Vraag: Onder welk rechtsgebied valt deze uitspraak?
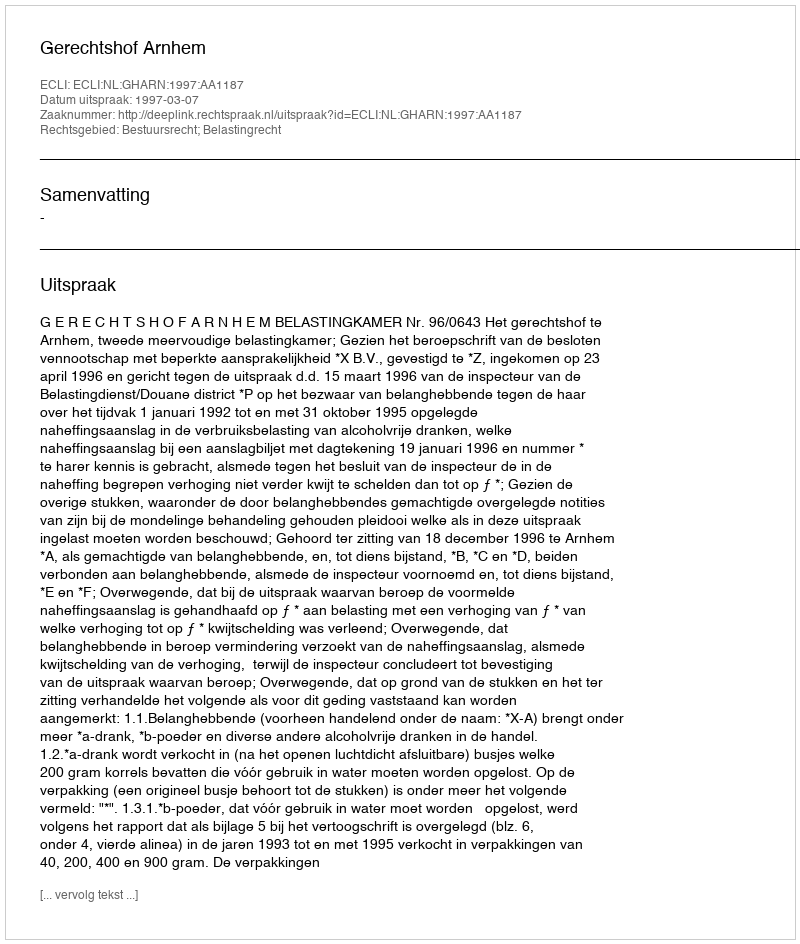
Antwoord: Bestuursrecht; Belastingrecht